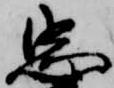
忠